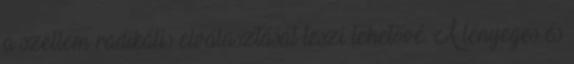
a szellem radikális elválasztását teszi lehetővé. A lényeges és